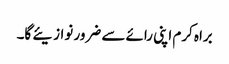
براہ کرم اپنی رائے سے ضرور نوازیئے گا۔